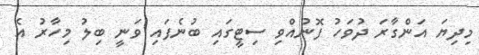
މިދިޔަ އަންގާރަ ދުވަހު ފޮނުއްވި ސިޓީގައި ބުނެފައި ވަނީ ބިލު މިހާރު އެ